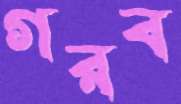
গরব